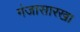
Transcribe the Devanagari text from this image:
गंजासारखा